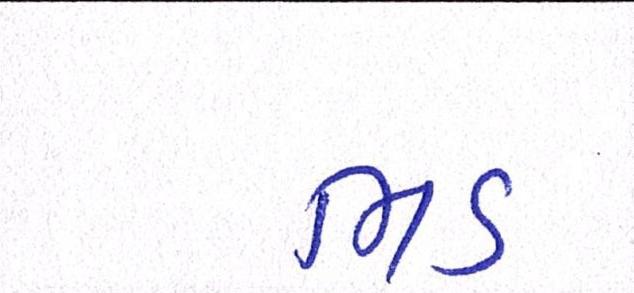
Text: ભડ